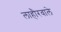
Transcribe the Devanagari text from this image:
लाहौरवाले